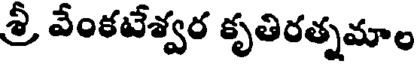
శ్రీ వేంకటేశ్వర కృతిరత్నమాం